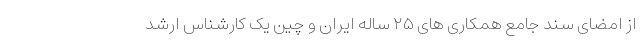
از امضای سند جامع همکاری ‌های ۲۵ ساله ایران و چین یک کارشناس ارشد